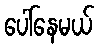
ပေါ်နေမယ်